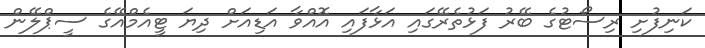
ކަނިފުށި ރިސޯޓުގެ ބޭރު ފަޅުތެރޭގައި އަޅާފައި އޮއްވާ އަޑިއަށް ދިޔަ ޓީއެމްއޭގެ ސީޕްލޭން